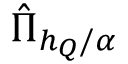
\hat { \Pi } _ { h _ { Q } / \alpha }